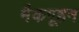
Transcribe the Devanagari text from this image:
मैकगूहन